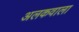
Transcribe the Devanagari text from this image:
अलकवाला